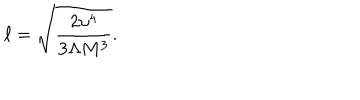
LaTeX: \ell = \sqrt { \frac { 2 \upsilon ^ { 4 } } { 3 \Lambda M ^ { 3 } } } .